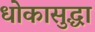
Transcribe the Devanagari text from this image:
धोकासुद्धा